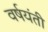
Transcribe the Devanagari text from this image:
वर्षयंती